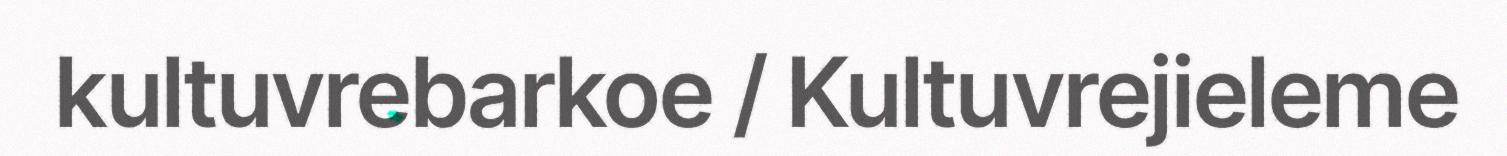
kultuvrebarkoe / Kultuvrejieleme